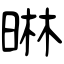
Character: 晽